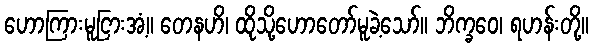
ဟောကြားမူငြားအံ့။ တေနဟိ၊ ထိုသို့ဟောတော်မူခဲ့သော်။ ဘိက္ခဝေ၊ ရဟန်းတို့။